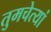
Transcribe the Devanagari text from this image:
तुमचेत्यां